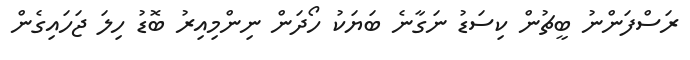
ރަސްފަންނު ބީޗުން ކިސަޑު ނަގާނެ ބަޔަކު ހޯދަން ނިންމިއިރު ބޮޑު ހިލަ ޖަހައިގެން